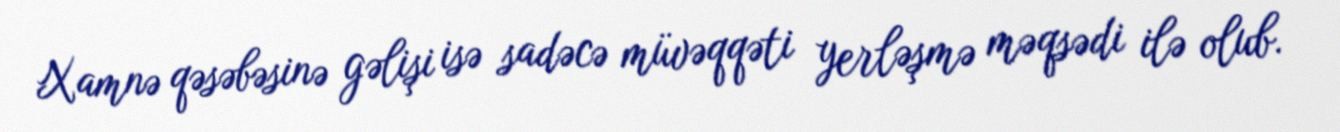
Xamnə qəsəbəsinə gəlişi isə sadəcə müvəqqəti yerləşmə məqsədi ilə olub.